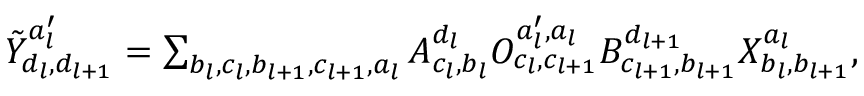
\begin{array} { r } { \tilde { Y } _ { d _ { l } , d _ { l + 1 } } ^ { a _ { l } ^ { \prime } } = \sum _ { b _ { l } , c _ { l } , b _ { l + 1 } , c _ { l + 1 } , a _ { l } } A _ { c _ { l } , b _ { l } } ^ { d _ { l } } O _ { c _ { l } , c _ { l + 1 } } ^ { a _ { l } ^ { \prime } , a _ { l } } B _ { c _ { l + 1 } , b _ { l + 1 } } ^ { d _ { l + 1 } } X _ { b _ { l } , b _ { l + 1 } } ^ { a _ { l } } , } \end{array}